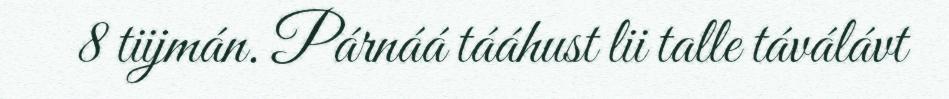
8 tiijmán. Párnáá tááhust lii talle táválávt